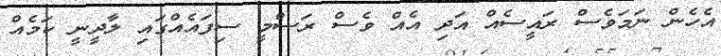
އެހެން ނަމަވެސް ރައީސެއް އަދި އެއް ވެސް ރަސްމީ ސިފައެއްގައި ލާދީނީ ކަމެއް